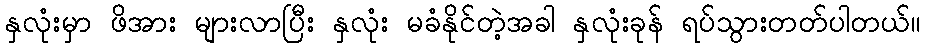
နှလုံးမှာ ဖိအား များလာပြီး နှလုံး မခံနိုင်တဲ့အခါ နှလုံးခုန် ရပ်သွားတတ်ပါတယ်။